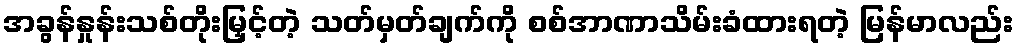
အခွန်နှုန်းသစ်တိုးမြှင့်တဲ့ သတ်မှတ်ချက်ကို စစ်အာဏာသိမ်းခံထားရတဲ့ မြန်မာလည်း